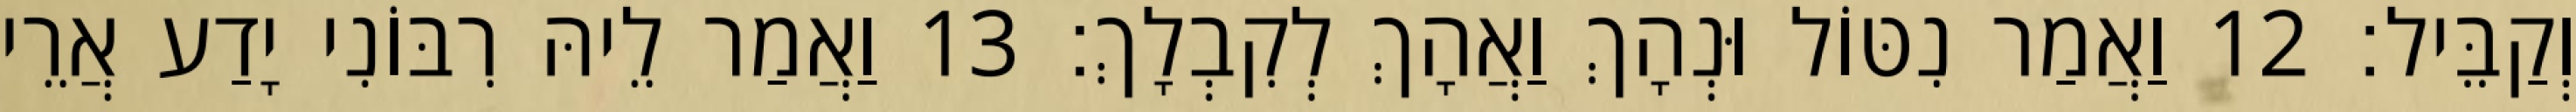
וְקַבֵּיל׃ 12 וַאֲמַר נִטּוֹל וּנְהָךְ וַאֲהָךְ לְקִבְלָךְ׃ 13 וַאֲמַר לֵיהּ רִבּוֹנִי יָדַע אֲרֵי